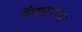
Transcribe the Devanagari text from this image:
नॅषधराज